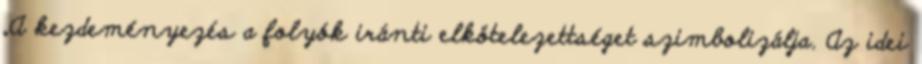
„A kezdeményezés a folyók iránti elkötelezettséget szimbolizálja. Az idei